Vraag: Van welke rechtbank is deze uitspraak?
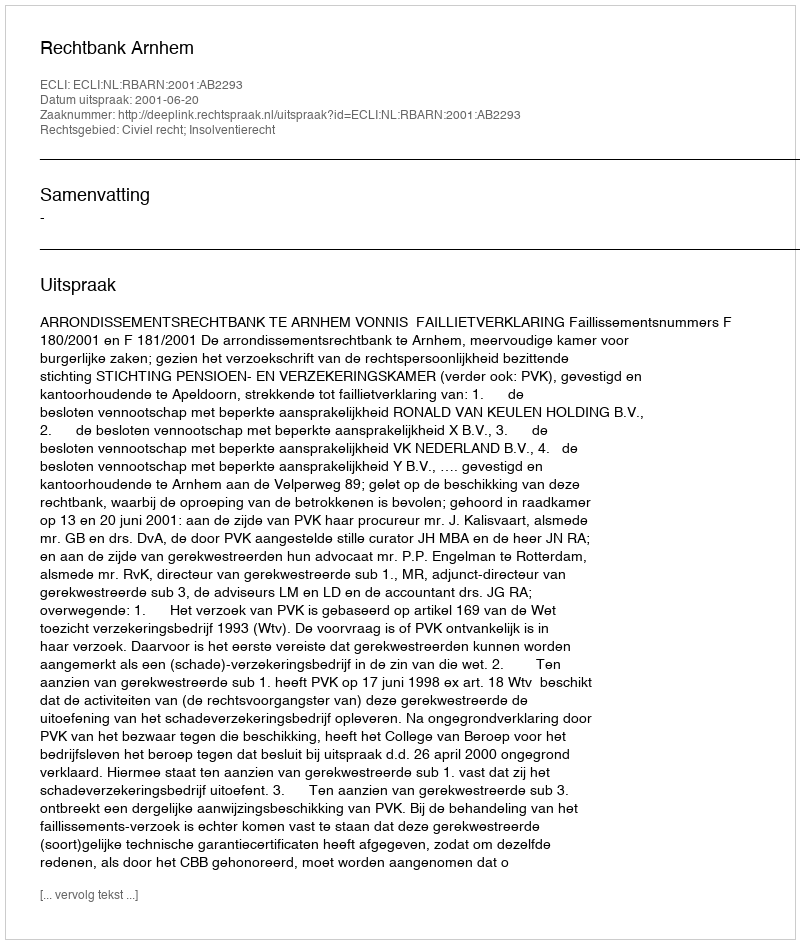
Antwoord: Rechtbank Arnhem